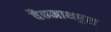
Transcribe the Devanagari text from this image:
वैद्यनाथपुरा